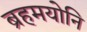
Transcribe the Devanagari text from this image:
ब्रहमयोनि